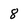
Character: 8